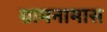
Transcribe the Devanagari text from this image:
ग्रामनामास